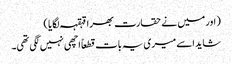
( اور میں نے حقارت بھرا قہقہہ لگایا )
شاید اسے میری یہ بات قطعاً اچھی نہیں لگی تھی۔